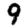
Digit: 9